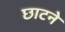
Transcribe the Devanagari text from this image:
छाटने